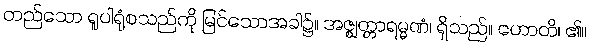
တည်သော ရူပါရုံစသည်ကို မြင်သောအခါ၌။ အဇ္ဈတ္တာရမ္မဏံ၊ ရှိသည်။ ဟောတိ၊ ၏။